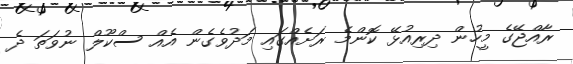
ރާއްޖޭގެ މީހުން ދިރިއުޅޭ ކޮންމެ ރަށެއްގައި މަދުވެގެން އެއް ސްކޫލް ނުވަތަ ދެ